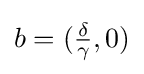
b=({\tfrac {\delta }{\gamma }},0)